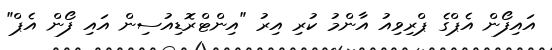
އައިފޯން އެޕްގެ ޕްރިވިއު އާންމު ކުރި އިރު "އިންޓްރޮޑިއުސިން އައި ފޯން އެޕް"